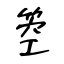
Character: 箜